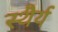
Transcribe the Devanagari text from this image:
स्‍थैर्य